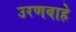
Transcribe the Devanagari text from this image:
उरणबाहे